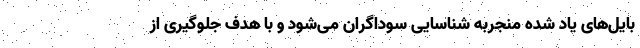
بایل‌های یاد شده منجربه شناسایی سوداگران می‌شود و با هدف جلوگیری از